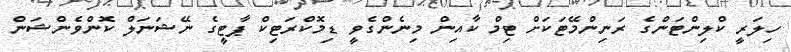
ހިލަރީ ކްލިންޓަންގެ ރަނިންމޭޓަކަށް ޓިމް ކާއިން މިނެންގެވީ ޑިމޮކްރަޓިކް ޕާޓީގެ ނޭޝަނަލް ކޮންވެންޝަން